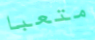
متعبا